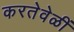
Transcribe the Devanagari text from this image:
करतेवेळीं